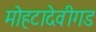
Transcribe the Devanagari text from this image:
मोहटादेवीगड